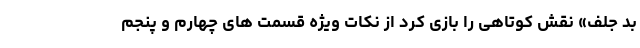
بد جلف» نقش کوتاهی را بازی کرد از نکات ویژه قسمت های چهارم و پنجم